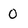
Character: 0